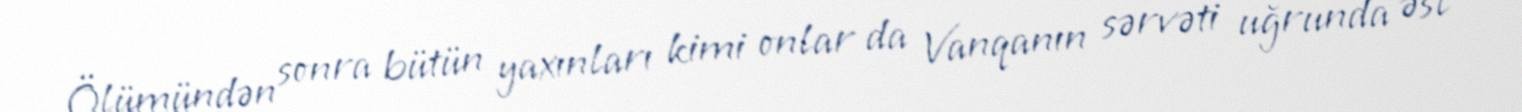
Ölümündən sonra bütün yaxınları kimi onlar da Vanqanın sərvəti uğrunda əsl